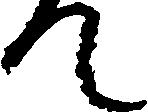
て